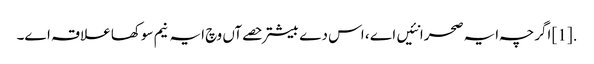
.[1] اگرچہ ایہ صحرا نئیں اے ، اس دے بیشتر حصےآں وچ ایہ نیم سوکھا علاقہ ا‏‏ے۔